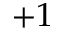
+ 1